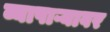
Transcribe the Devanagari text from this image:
व्यापाऱ्यावर